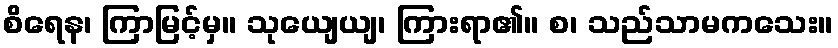
စိရေန၊ ကြာမြင့်မှ။ သုယျေယျ၊ ကြားရာ၏။ စ၊ သည်သာမကသေး။